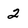
Character: 2